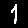
Digit: 1